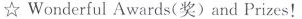
☆ Wonderful Awards(奖) and Prizes!